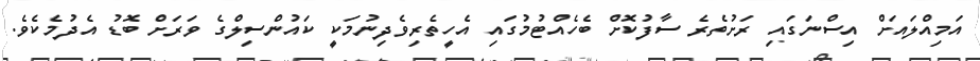
އަމިއްލައަށް އިސްނަގައި ރަށުތެރެ ސާފުކޮށް ބެހެއްޓުމުގައި އެހީތެރިވެދިނުމަކީ ކައުންސިލްގެ ވަރަށް ބޮޑު އެދުމެކެވެ.